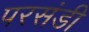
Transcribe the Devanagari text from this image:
परसंडी